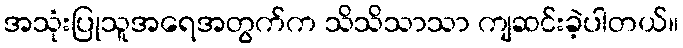
အသုံးပြုသူအရေအတွက်က သိသိသာသာ ကျဆင်းခဲ့ပါတယ်။